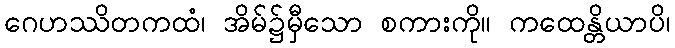
ဂေဟဿိတကထံ၊ အိမ်၌မှီသော စကားကို။ ကထေန္တိယာပိ၊